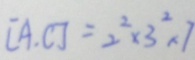
[ A , C ] = 2 ^ { 2 } \times 3 ^ { 2 } \times 7